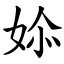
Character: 㛋